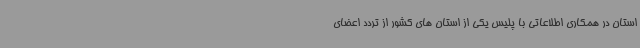
استان در همکاری اطلاعاتی با پلیس یکی از استان های کشور از تردد اعضای